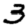
Digit: 3